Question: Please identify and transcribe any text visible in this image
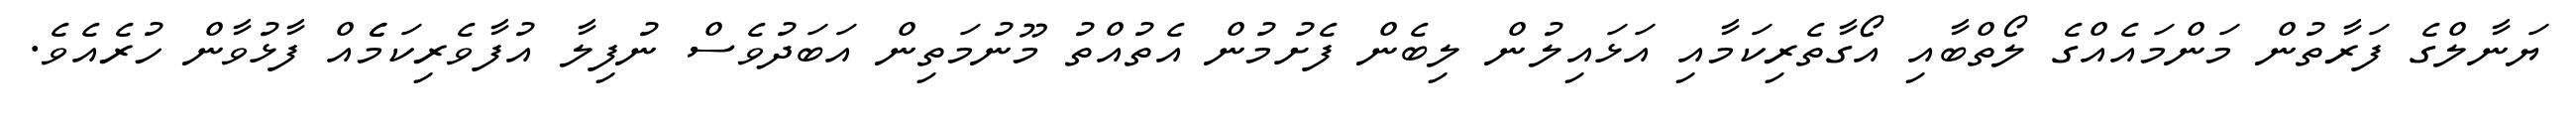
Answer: ޔަނާލްގެ ފަރާތުން މަންމައެއްގެ ލޯތްބާއި އޯގާތެރިކަމާއި އަޅައިލުން ލިބެން ފެށުމުން އެތުއްތު މޫނުމަތިން އަބަދުވެސް ނުފިލާ އުފާވެރިކަމެެއް ފާޅުވާން ހުރެއެވެ.